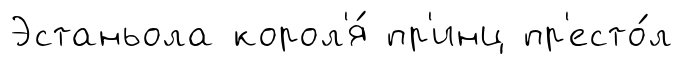
Эстаньола корол'я́ пр'инц пр'есто́л